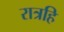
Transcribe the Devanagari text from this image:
रात्रहि